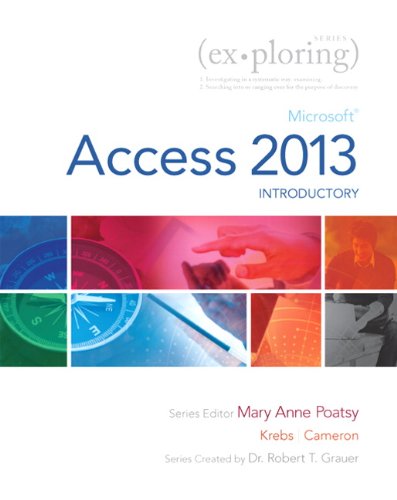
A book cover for Exploring: Microsoft Access 2013, Introductory (Exploring for Office 2013); MaryAnne Poatsy; Computers & Technology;